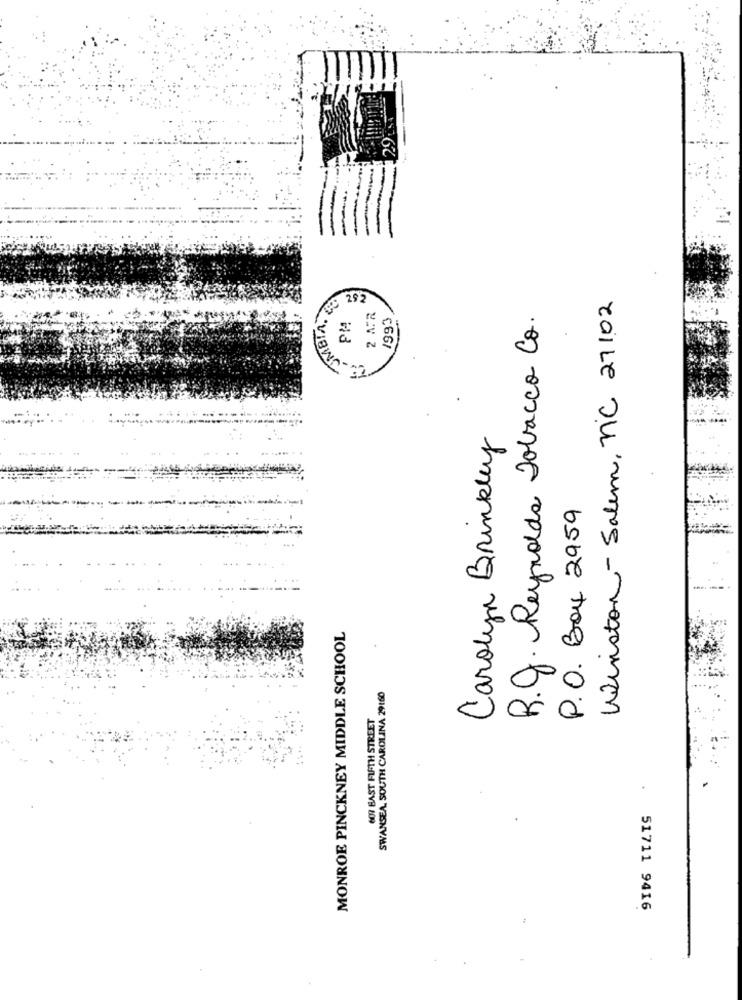
JMBIA. 78
Winston- Salem, NC 21102
292
2 APR
1993
R.J. Reynolds Tobacco Co.
PM
Carolyn Brinkley
P.O. Box 2959
MONROE PINCKNEY MIDDLE SCHOOL
SWANSEA, SOUTH CAROLINA 29160
607 BAST FIFTH STREET
51711 9416